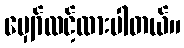
မျှော်လင့်ထားပါတယ်။